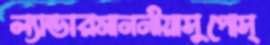
ল্যান্ডারমাননীয়াসুপোস্